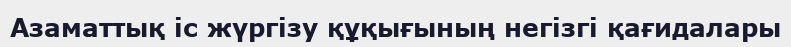
Азаматтық іс жүргізу құқығының негізгі қағидалары